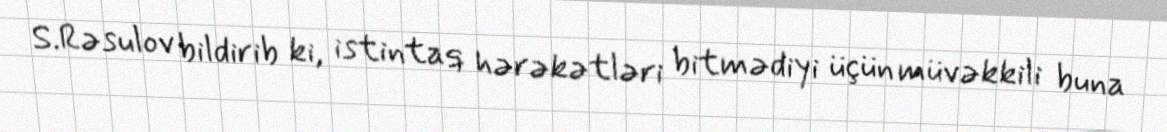
S.Rəsulov bildirib ki, istintaq hərəkətləri bitmədiyi üçün müvəkkili buna